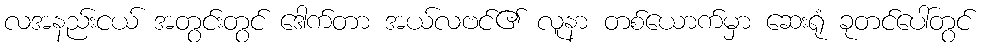
လအနည်းငယ် အတွင်းတွင် ဒေါက်တာ အယ်လဗင်၏ လူနာ တစ်ယောက်မှာ ဆေးရုံ ခုတင်ပေါ်တွင်